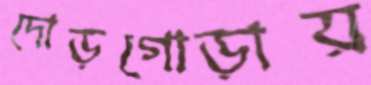
দোড়গোড়ায়